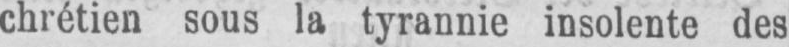
chrétien sous la tyrannie insolente des